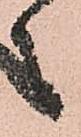
之